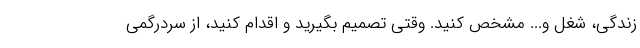
زندگی، شغل و... مشخص کنید. وقتی تصمیم بگیرید و اقدام کنید، از سردرگمی